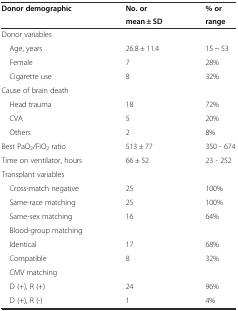
| <ROWSPAN=2> Donor demographic | No. or | % or |
 | mean ± SD | range |
 | --- | --- | --- |
 | Donor variables |  |  |
 | Age, years | 26.8 ± 11.4 | 15 ~ 53 |
 | Female | 7 | 28% |
 | Cigarette use | 8 | 32% |
 | Cause of brain death |  |  |
 | Head trauma | 18 | 72% |
 | CVA | 5 | 20% |
 | Others | 2 | 8% |
 | Best PaO2/FiO2 ratio | 513 ± 77 | 350 - 674 |
 | Time on ventilator, hours | 66 ± 52 | 23 - 252 |
 | Transplant variables |  |  |
 | Cross-match negative | 25 | 100% |
 | Same-race matching | 25 | 100% |
 | Same-sex matching | 16 | 64% |
 | Blood-group matching |  |  |
 | Identical | 17 | 68% |
 | Compatible | 8 | 32% |
 | CMV matching |  |  |
 | D (+), R (+) | 24 | 96% |
 | D (+), R (-) | 1 | 4% |